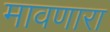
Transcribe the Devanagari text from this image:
मावणारा